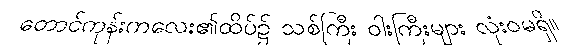
တောင်ကုန်းကလေး၏ထိပ်၌ သစ်ကြီး ဝါးကြီးများ လုံးဝမရှိ။